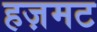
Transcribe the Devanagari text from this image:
हज़मट